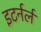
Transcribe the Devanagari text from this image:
इटर्नर्ल